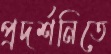
প্রদর্শনিতে